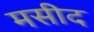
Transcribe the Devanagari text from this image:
मसीद